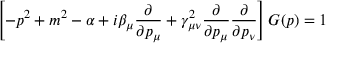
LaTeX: \left[ - p ^ { 2 } + m ^ { 2 } - \alpha + i \beta _ { \mu } \frac { \partial } { \partial p _ { \mu } } + \gamma _ { \mu \nu } ^ { 2 } \frac { \partial } { \partial p _ { \mu } } \frac { \partial } { \partial p _ { \nu } } \right] G ( p ) = 1